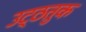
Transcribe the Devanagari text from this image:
उट्ठतुक